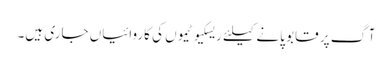
آگ پر قابو پانے کیلئے ریسکیو ٹیموں کی کاروائیاں جاری ہیں۔